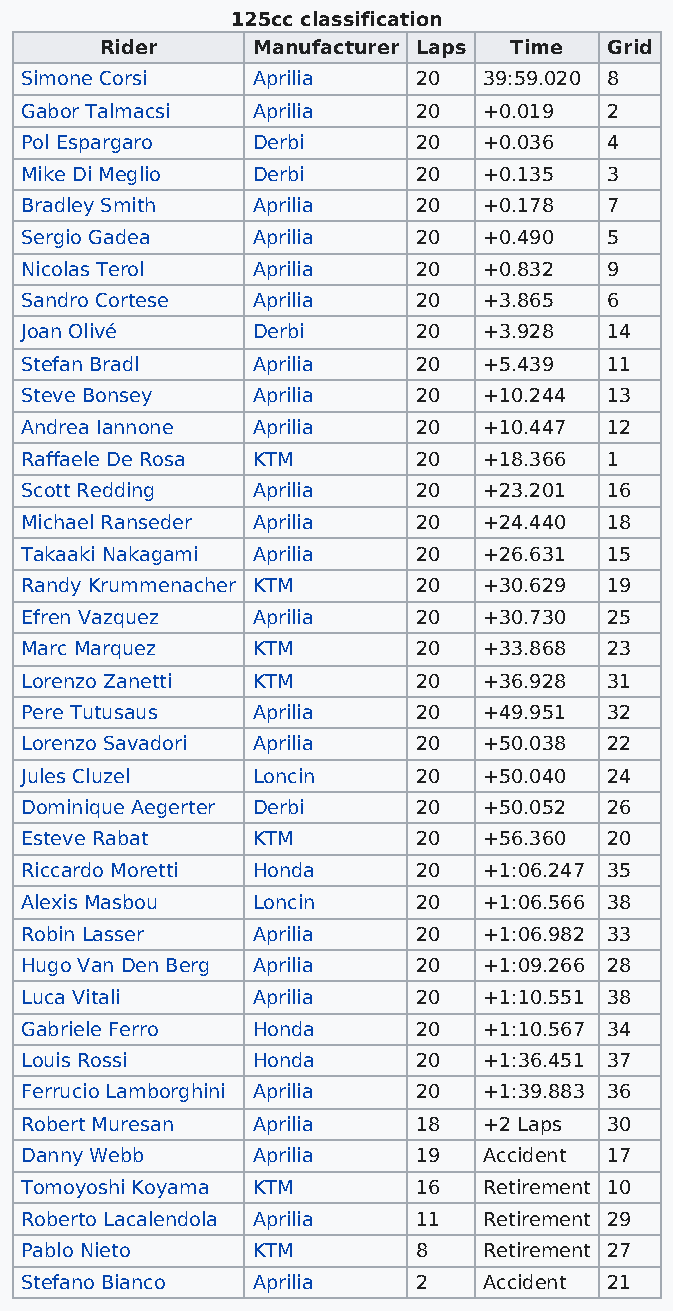
125cc classification
 Rider     Manufacturer Laps Time Grid
 Simone Corsi    Aprilia    20  39:59.020 8
 Gabor Talmacsi  Aprilia    20  +0.019  2
 Pol Espargaro   Derbi      20  +0.036  4
 Mike Di Meglio  Derbi      20  +0.135  3
 Bradley Smith   Aprilia    20  +0.178  7
 Sergio Gadea    Aprilia    20  +0.490  5
 Nicolas Terol   Aprilia    20  +0.832  9
 Sandro Cortese  Aprilia    20  +3.865  6
 Joan Olivé      Derbi      20  +3.928  14
 Stefan Bradl    Aprilia    20  +5.439  11
 Steve Bonsey    Aprilia    20  +10.244 13
 Andrea Iannone  Aprilia    20  +10.447 12
 Raffaele De Rosa KTM       20  +18.366 1
 Scott Redding   Aprilia    20  +23.201 16
 Michael Ranseder Aprilia   20  +24.440 18
 Takaaki Nakagami Aprilia   20  +26.631 15
 Randy Krummenacher KTM     20  +30.629 19
 Efren Vazquez   Aprilia    20  +30.730 25
 Marc Marquez    KTM        20  +33.868 23
 Lorenzo Zanetti KTM        20  +36.928 31
 Pere Tutusaus   Aprilia    20  +49.951 32
 Lorenzo Savadori Aprilia   20  +50.038 22
 Jules Cluzel    Loncin     20  +50.040 24
 Dominique Aegerter Derbi   20  +50.052 26
 Esteve Rabat    KTM        20  +56.360 20
 Riccardo Moretti Honda     20  +1:06.247 35
 Alexis Masbou   Loncin     20  +1:06.566 38
 Robin Lasser    Aprilia    20  +1:06.982 33
 Hugo Van Den Berg Aprilia  20  +1:09.266 28
 Luca Vitali     Aprilia    20  +1:10.551 38
 Gabriele Ferro  Honda      20  +1:10.567 34
 Louis Rossi     Honda      20  +1:36.451 37
 Ferrucio Lamborghini Aprilia 20 +1:39.883 36
 Robert Muresan  Aprilia    18  +2 Laps 30
 Danny Webb      Aprilia    19  Accident 17
 Tomoyoshi Koyama KTM       16  Retirement 10
 Roberto Lacalendola Aprilia 11 Retirement 29
 Pablo Nieto     KTM        8   Retirement 27
 Stefano Bianco  Aprilia    2   Accident 21